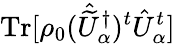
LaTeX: \mathrm{Tr}[\rho_{0}(\hat{\widetilde{U}}_{\alpha}^{\dagger})^{t}\hat{U}_{\alpha}^{t}]